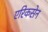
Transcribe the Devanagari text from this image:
एरिकसेन